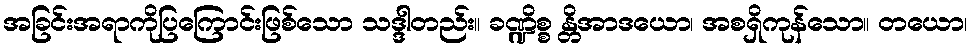
အခြင်းအရာကိုပြကြောင်းဖြစ်သော သဒ္ဒါတည်း။ ခဏ္ဍိစ္စ န္တိအာဒယော၊ အစရှိကုန်သော။ တယော၊